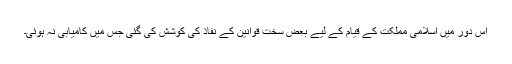
اس دور میں اسلامی مملکت کے قیام کے لیے بعض سخت قوانین کے نفاذ کی کوشش کی گئی جس میں کامیابی نہ ہوئی۔